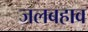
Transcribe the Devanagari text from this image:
जलबहाव